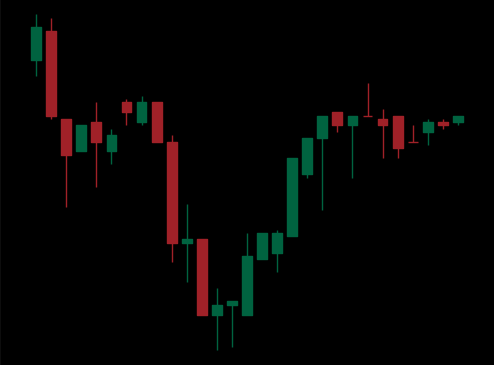
Pattern: inverse_head_shoulders